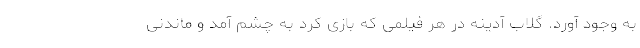
به وجود آورد. گلاب آدینه در هر فیلمی که بازی کرد به چشم آمد و ماندنی